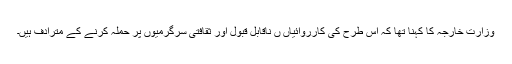
وزارت خارجہ کا کہنا تھا کہ اس طرح کی کارروائیاں ں ناقابل قبول اور ثقافتی سرگرمیوں پر حملہ کرنے کے مترادف ہیں۔